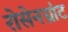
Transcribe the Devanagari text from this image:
रोसेनग्रांट